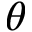
\theta